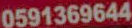
0591369644